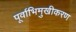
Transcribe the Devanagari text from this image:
पूर्वाभिमुखीकरण